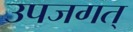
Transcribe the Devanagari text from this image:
उपजगत्